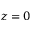
z = 0